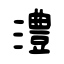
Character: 澧